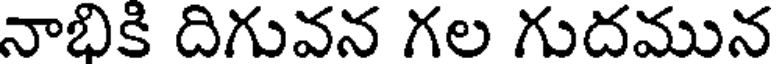
నాభికి దిగువన గల గుదమున